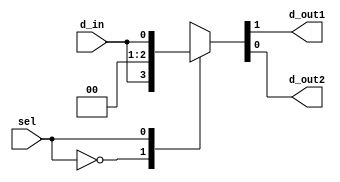
module example (
  input d_in,sel,
  output reg d_out1,d_out2
  );
 always @(*)
 begin 
   case(sel)
     1'b0 : {d_out1,d_out2} = {d_in,1'b0};
     1'b1 : {d_out1,d_out2} = {1'b0,d_in};
   endcase
 end
endmodule